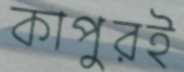
কাপুরই